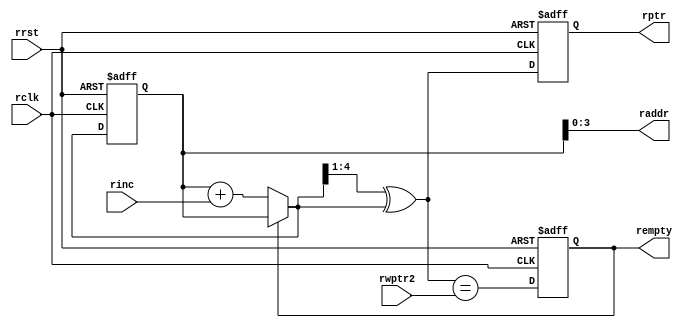
module rptr_empty #(parameter ADDRSIZE = 4)
	 (
    output     [ADDRSIZE-1:0] raddr,
    output reg [ADDRSIZE:0]   rptr,
    output reg                rempty,
	 
    input      [ADDRSIZE:0]   rwptr2,
    input                     rinc, rclk, rrst
    );

reg [ADDRSIZE:0] rbin, rgnext, rbnext;

// Grey code pointer
always @(posedge rclk or posedge rrst) begin
    if (rrst) begin
        rptr <= 0;
        rbin <= 0;
    end
    else begin
        rptr <= rgnext;
        rbin <= rbnext;
    end
end

always @(*) begin
    rbnext = (!rempty)? (rbin + rinc) : rbin;
    rgnext = (rbnext>>1)^rbnext; // binary to gray
end

// Memory read-address pointer
assign raddr = rbin[ADDRSIZE-1:0];

// FIFO empty on reset or when the next rptr == synchronized wptr
always @(posedge rclk or posedge rrst) begin
    if (rrst) rempty <= 1'b1;
    else rempty <= (rgnext == rwptr2);
end

endmodule